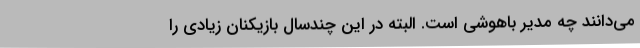
می‌دانند چه مدیر باهوشی است. البته در این چندسال بازیکنان زیادی را